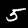
Digit: 5